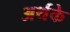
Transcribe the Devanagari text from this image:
अर्थके